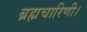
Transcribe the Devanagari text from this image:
ब्रह्मचारिणी।